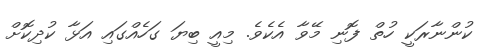
ކުންނާރަކީ ހުތް ފޮނި މޭވާ އެކެވެ. މިއީ ބިޔަ ގަހެއްގައި އަޅާ ކުދިކޮށް